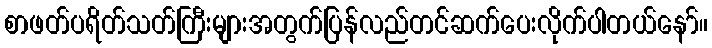
စာဖတ်ပရိတ်သတ်ကြီးများအတွက်ပြန်လည်တင်ဆက်ပေးလိုက်ပါတယ်နော်။